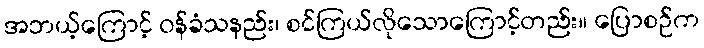
အဘယ့်ကြောင့် ဝန်ခံသနည်း၊ စင်ကြယ်လိုသောကြောင့်တည်း။ ပြောစဉ်က